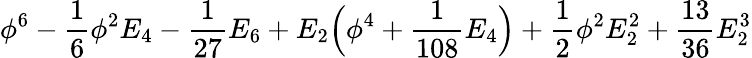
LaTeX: \phi^{6}-{\frac{1}{6}}\phi^{2}E_{4}-{\frac{1}{27}}E_{6}+E_{2}\Big(\phi^{4}+{\frac{1}{108}}E_{4}\Big)+{\frac{1}{2}}\phi^{2}E_{2}^{2}+{\frac{13}{36}}E_{2}^{3}